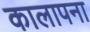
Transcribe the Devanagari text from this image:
कालापना